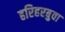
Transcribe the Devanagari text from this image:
हरिहरबुवा